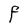
Character: F